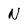
Character: N